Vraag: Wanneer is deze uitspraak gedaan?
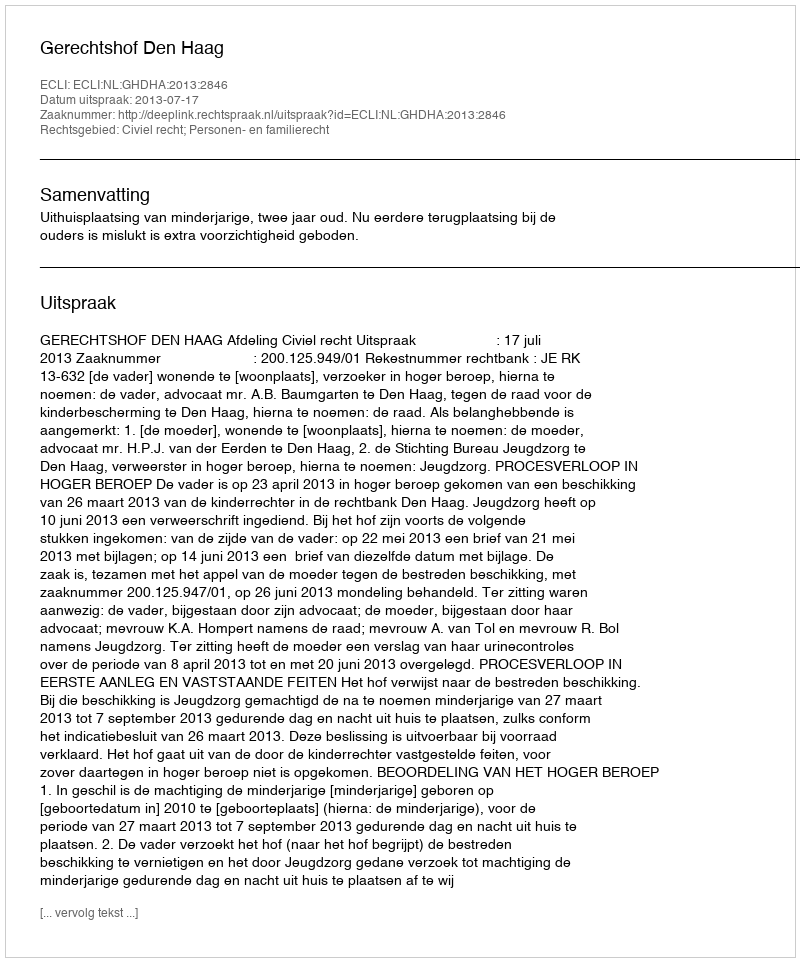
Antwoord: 2013-07-17